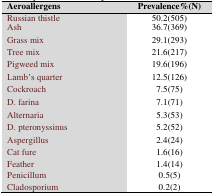
| Aeroallergens | Prevalence%(N) |
 | --- | --- |
 | Russian thistle | 50.2(505) |
 | Ash | 36.7(369) |
 | Grass mix | 29.1(293) |
 | Tree mix | 21.6(217) |
 | Pigweed mix | 19.6(196) |
 | Lamb’s quarter | 12.5(126) |
 | Cockroach | 7.5(75) |
 | D. farina | 7.1(71) |
 | Alternaria | 5.3(53) |
 | D. pteronyssinus | 5.2(52) |
 | Aspergillus | 2.4(24) |
 | Cat fure | 1.6(16) |
 | Feather | 1.4(14) |
 | Penicillum | 0.5(5) |
 | Cladosporium | 0.2(2) |